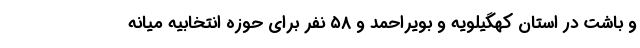
و باشت در استان کهگیلویه و بویراحمد و ۵۸ نفر برای حوزه انتخابیه میانه